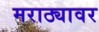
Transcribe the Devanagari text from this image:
मराठ्यावर